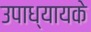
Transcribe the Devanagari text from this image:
उपाध्यायके